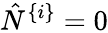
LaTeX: \hat{N}^{\{ i\} }=0